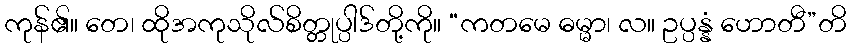
ကုန်၏။ တေ၊ ထိုအကုသိုလ်စိတ္တုပ္ပါဒ်တို့ကို။ “ကတမေ ဓမ္မာ၊ လ။ ဥပ္ပန္နံ ဟောတီ”တိ